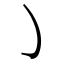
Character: ㇁